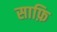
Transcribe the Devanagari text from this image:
साफ़ि